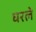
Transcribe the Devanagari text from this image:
घरले